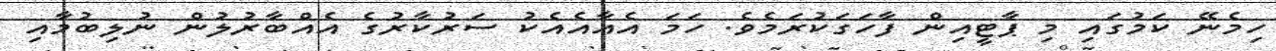
ހިމެނޭ ކަމުގައި މި ޕާޓީއިން ފާހަގަކުރަމެވެ. ހަމަ އެއާއެއެކު ސަރުކާރުގެ އެއްބާރުލުން ނުލިބުމާއި